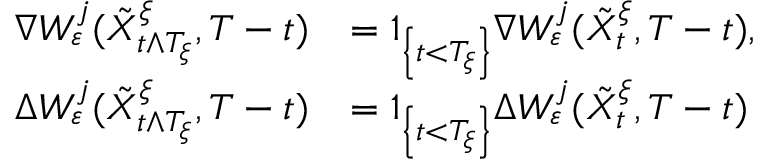
\begin{array} { r l } { \nabla W _ { \varepsilon } ^ { j } ( \tilde { X } _ { t \wedge T _ { \xi } } ^ { \xi } , T - t ) } & { = 1 _ { \left\{ t < T _ { \xi } \right\} } \nabla W _ { \varepsilon } ^ { j } ( \tilde { X } _ { t } ^ { \xi } , T - t ) , } \\ { \Delta W _ { \varepsilon } ^ { j } ( \tilde { X } _ { t \wedge T _ { \xi } } ^ { \xi } , T - t ) } & { = 1 _ { \left\{ t < T _ { \xi } \right\} } \Delta W _ { \varepsilon } ^ { j } ( \tilde { X } _ { t } ^ { \xi } , T - t ) } \end{array}